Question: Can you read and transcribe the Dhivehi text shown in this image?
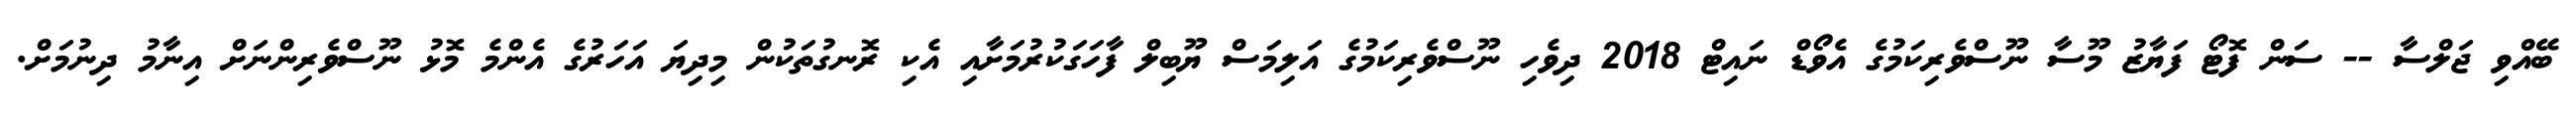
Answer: ބޭއްވި ޖަލްސާ -- ސަން ފޮޓޯ ފަޔާޒު މޫސާ ނޫސްވެރިކަމުގެ އެވޯޑް ނައިޓް 2018 ދިވެހި ނޫސްވެރިކަމުގެ އަލިމަސް ޔޫބިލް ފާހަގަކުރުމަށާއި އެކި ރޮނގުތަކުން މިދިޔަ އަހަރުގެ އެންމެ މޮޅު ނޫސްވެރިންނަށް އިނާމު ދިނުމަށް.